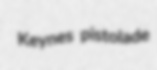
Keynes pistolade